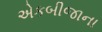
એકબીજાના